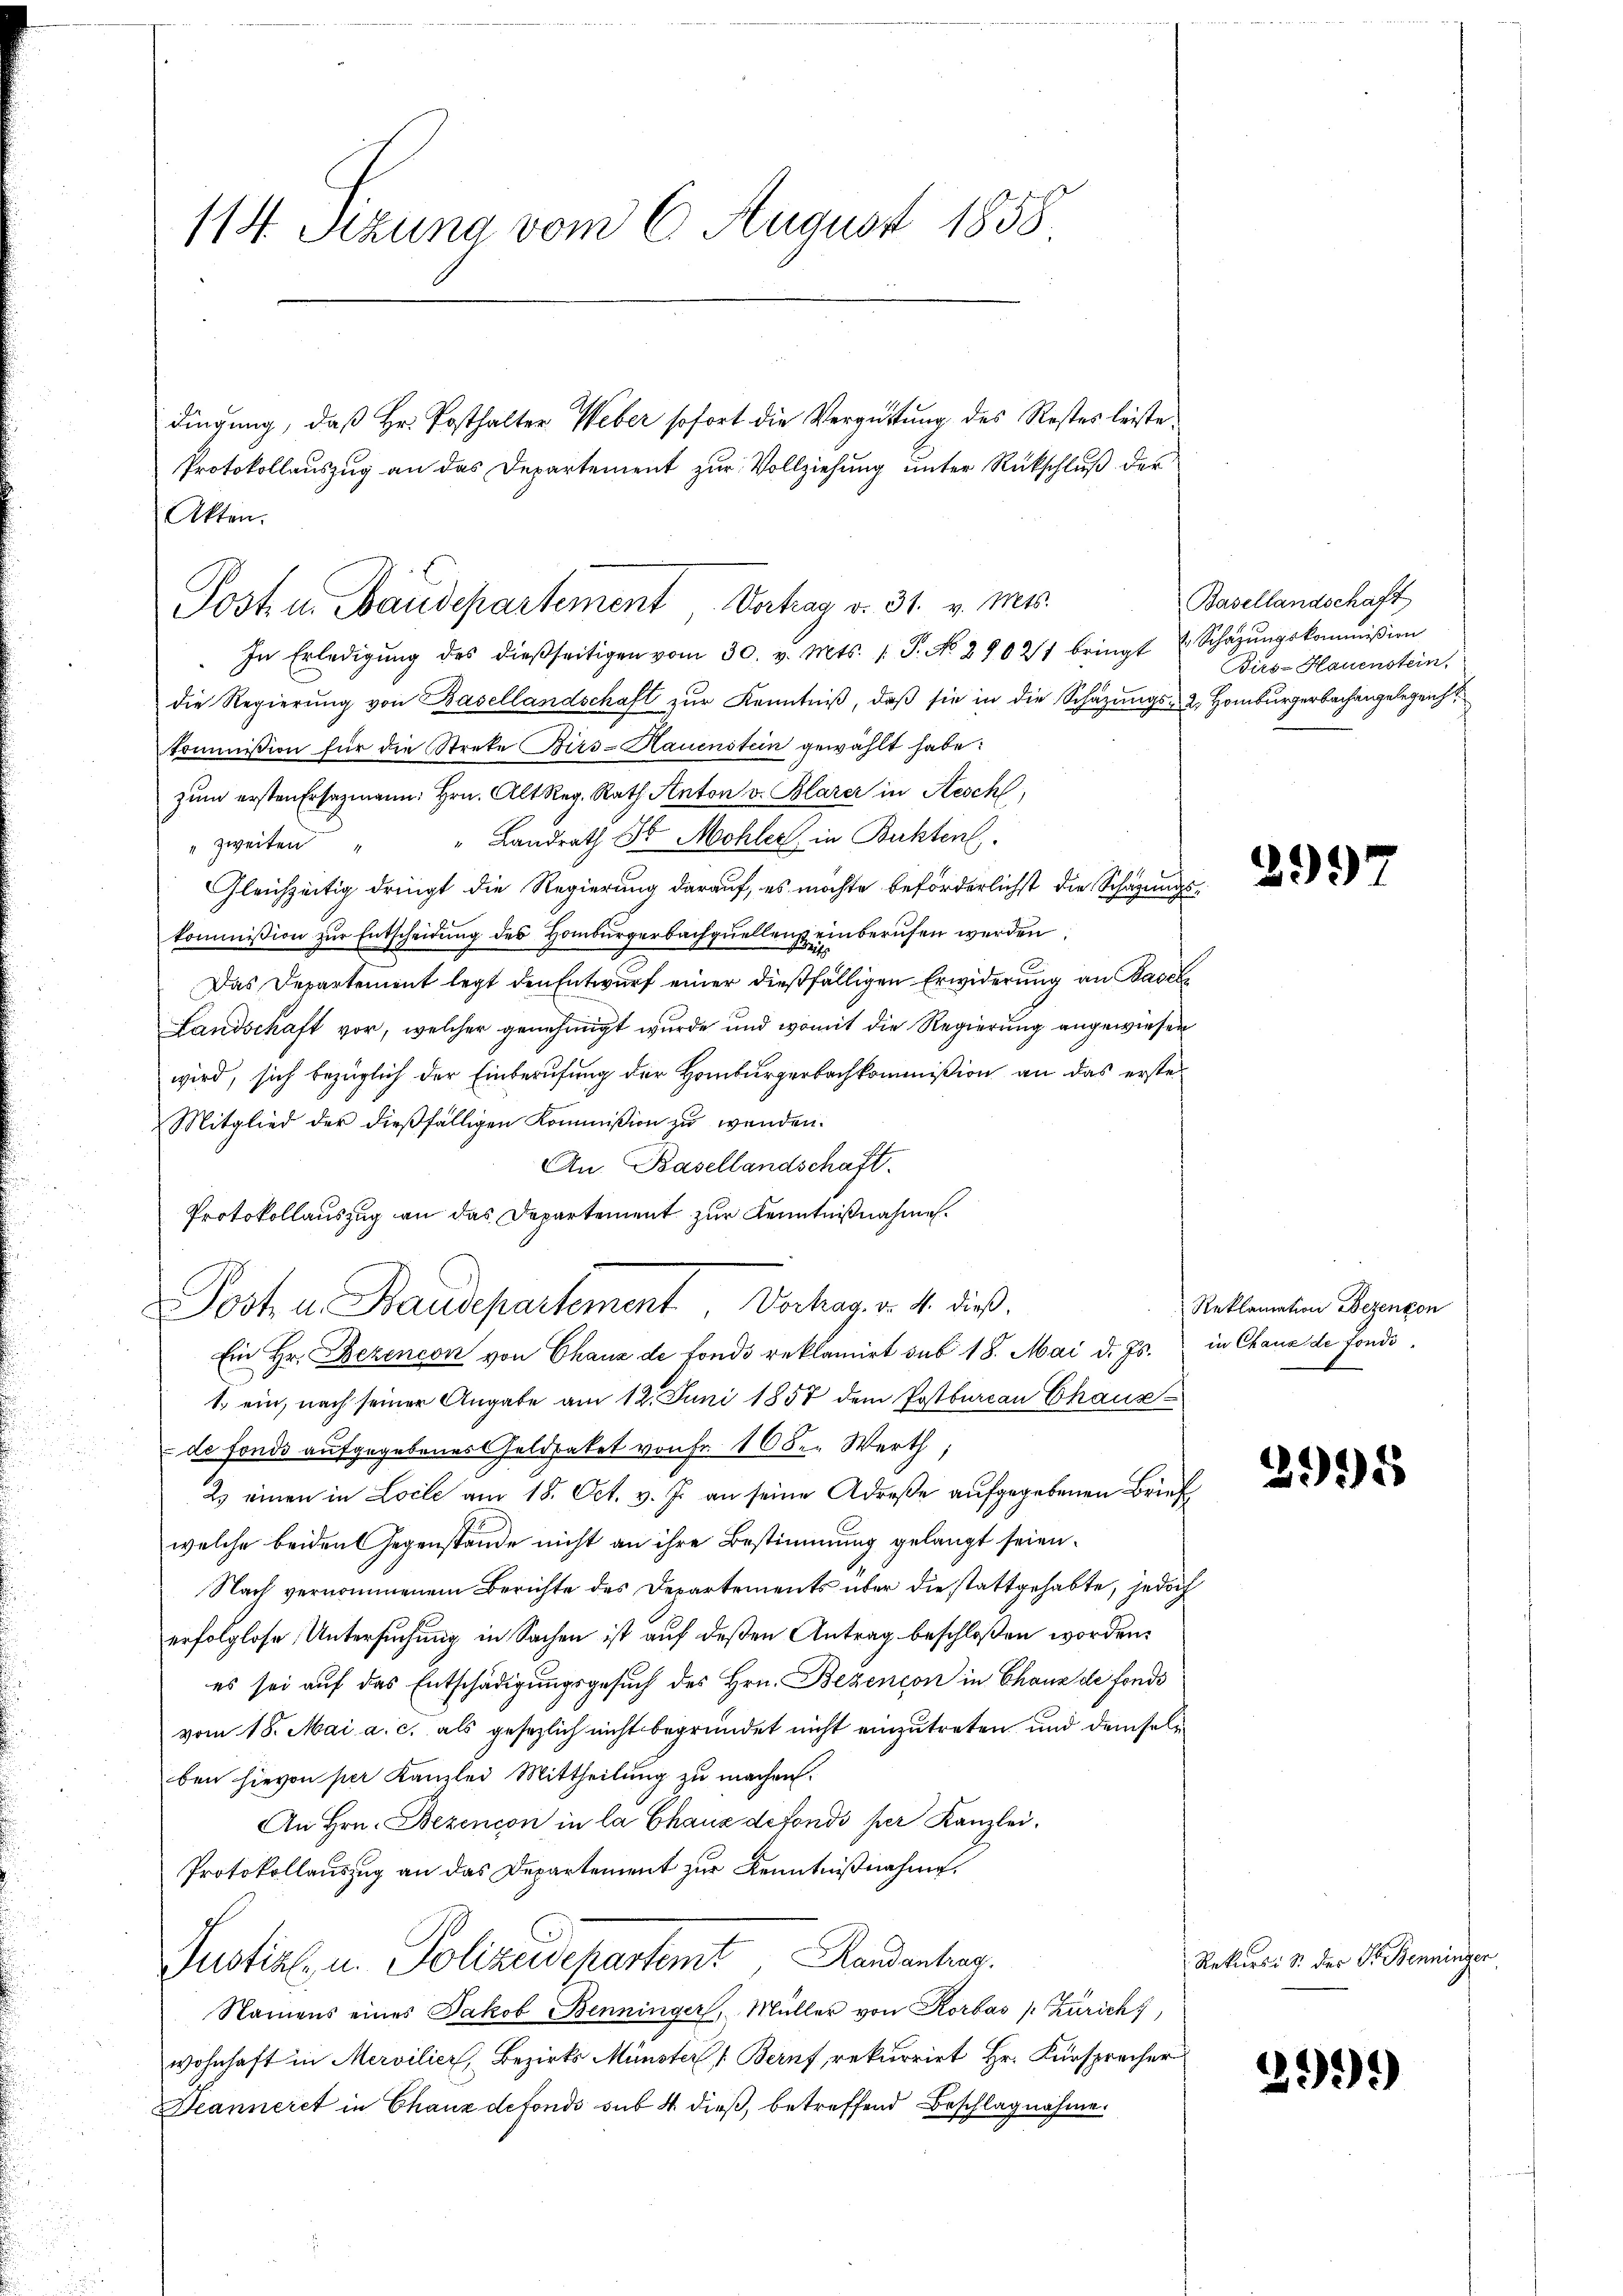
114. Sizung vom 6. August 1858.

Akten.

In Erledigŭng des dießseitigen vom 30. v. Mts. 1. P. No 29021 bringt u Schäzŭngskommißion
die Regierŭng von Basellandschaft zur Kenntniß, daß sie in die Schazungs- 2. Homburgerbachangelegeich
kommission für die Streke Birs-Hauenstein gewählt habe:
zum ersten Ersezmann Hrn. Alt Reg. Rath Anton v. Blarer in Aeschl
" zweiten " " Landrath St. Mohler in Buchten.
Gleichzeitig dringt die Regierung darauf, es möchte beförderlichst die Schazungskommission zŭr Entscheidŭng des Homburgerbachqŭellenz einberŭfen werden.
Das Departement legt den Entwurf einer dießfälligen Erwiderung an Basel¬
Landschaft vor, welcher genehmigt wurde und womit die Regierung angewiesen
wird, sich bezüglich der Einberufung der Homburgerbachkommißion an das erste¬
Mitglied der dießfälligen Kommißion zu wenden.
An Basellandschaft.
Protokollauszug an das Departement zur Kenntnißnahme.
Post u. Baudepartement, Verhag v. 4. dieß.
Ein Hr. Bezencon von Chaux de fondo reklamirt sub 18. Mai d. Js. in Chaus de fondi¬
1. ein, nach seiner Angabe am 12. Juni 1857 dem Postbureau Chaus
 de fonds aufgegebenes Geldsaket von Fr. 10 den Werth,
2. einen in Locle am 18. Oct. v. J. an seine Adrese aufgegebenen Brief
welche beiden Gegenstände nicht an ihre Bestimmung gelangt seien.
Nach vernommenem Berichte des Departements über die stattgehabte, jedoch
erfolglose Untersuchung in Sachen ist auf deßen Antrag beschloßen worden.
es sei auf das Entschädigungsgesuch des Hrn. Bezencon in Chaux de fonds
vom 18. Mai a. c. als gesezlich nicht begründet nicht einzutreten und demselben hievon per Kanzlei Mittheilung zu machen.
An Hrn. Bezencon in la Chaus defondo per Kanzlei.
Protokollauszug an das Departement zur Kenntnißnahme.
Justiz, u. Polizeidepartemt, Handenburg.
Namens eines Jakob Benninger, Müller von Korbas /: Zürich,
wohnhaft in Mervilier, Bezirks Münster (Beruf, rekurrirt Hr. Fürsprecher
Deanneret in Chanz defondo sub 4 dieß, betreffend Beschlagnahme.

Post u. Baudepartement Vertrag d. 31. v. Mts.

dingung, daß Hr. Posthalter Weber sofort die Vergütung des Restes leiste
Protokollauszug an das Departement zur Vollziehung unter Rückschluß der

Basellandschaft
Birs-Hauenstein,

299

Reklamation Bezengon

3998

Rekursi S. der Fr. Benninger

299)